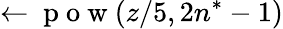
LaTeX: \leftarrow\mathrm{~p~o~w~}(z/5,2n^{*}-1)